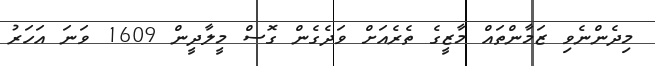
މިދެންނެވި ޒަމާންތައް މާޒީގެ ތެރެއަށް ވަދެގެން ގޮސް މީލާދީން 1609 ވަނަ އަހަރު